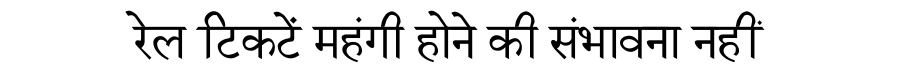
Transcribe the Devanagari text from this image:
रेल टिकटें महंगी होने की संभावना नहीं